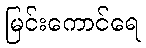
မြင်းကောင်ရေ